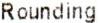
ROUNDING